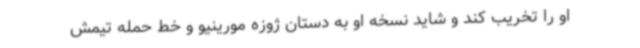
او را تخریب کند و شاید نسخه او به دستان ژوزه مورینیو و خط حمله تیمش